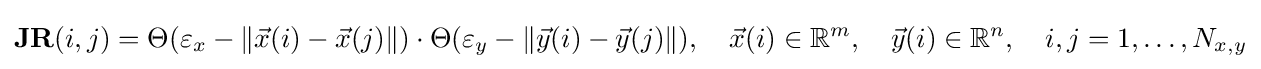
\mathbf {JR} (i,j)=\Theta (\varepsilon _{x}-\|{\vec {x}}(i)-{\vec {x}}(j)\|)\cdot \Theta (\varepsilon _{y}-\|{\vec {y}}(i)-{\vec {y}}(j)\|),\quad {\vec {x}}(i)\in \mathbb {R} ^{m},\quad {\vec {y}}(i)\in \mathbb {R} ^{n},\quad i,j=1,\dots ,N_{x,y}